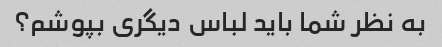
به نظر شما باید لباس دیگری بپوشم؟